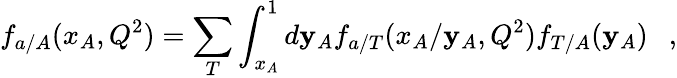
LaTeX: f_{a/A}(x_{A},Q^{2})=\sum_{T}\int_{x_{A}}^{1}d\mathbf{y}_{A}f_{a/T}(x_{A}/\mathbf{y}_{A},Q^{2})f_{T/A}(\mathbf{y}_{A})\ \ \ ,